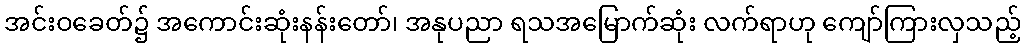
အင်းဝခေတ်၌ အကောင်းဆုံးနန်းတော်၊ အနုပညာ ရသအမြောက်ဆုံး လက်ရာဟု ကျော်ကြားလှသည့်